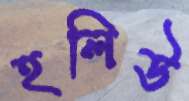
হলিউ